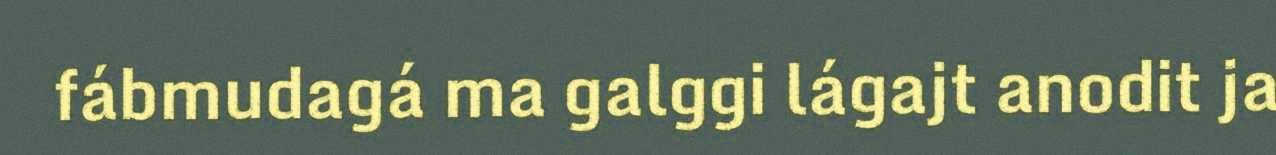
fábmudagá ma galggi lágajt anodit ja